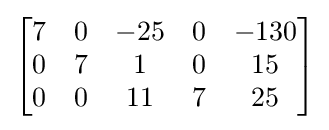
{\begin{bmatrix}7&0&-25&0&-130\\0&7&1&0&15\\0&0&11&7&25\end{bmatrix}}